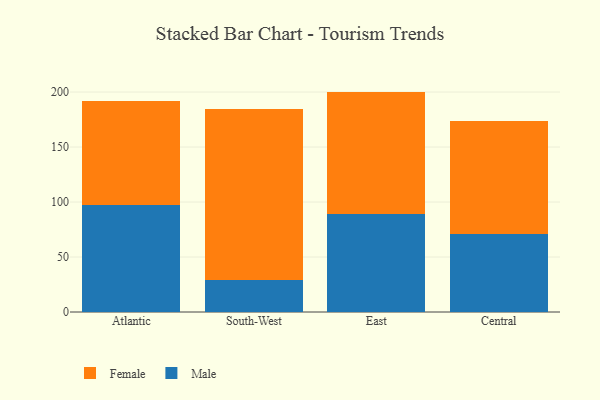
{"axis": {"x": "Region", "y": "Budget (USD K)"}, "legend": ["Female", "Male"], "data": [{"x": "Atlantic", "y": 97.4, "type": "Male"}, {"x": "Atlantic", "y": 94.2, "type": "Female"}, {"x": "South-West", "y": 29.4, "type": "Male"}, {"x": "South-West", "y": 155.0, "type": "Female"}, {"x": "East", "y": 89.5, "type": "Male"}, {"x": "East", "y": 110.9, "type": "Female"}, {"x": "Central", "y": 71.0, "type": "Male"}, {"x": "Central", "y": 102.7, "type": "Female"}]}